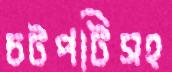
চটপটিসহ